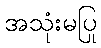
အသုံးမပြု